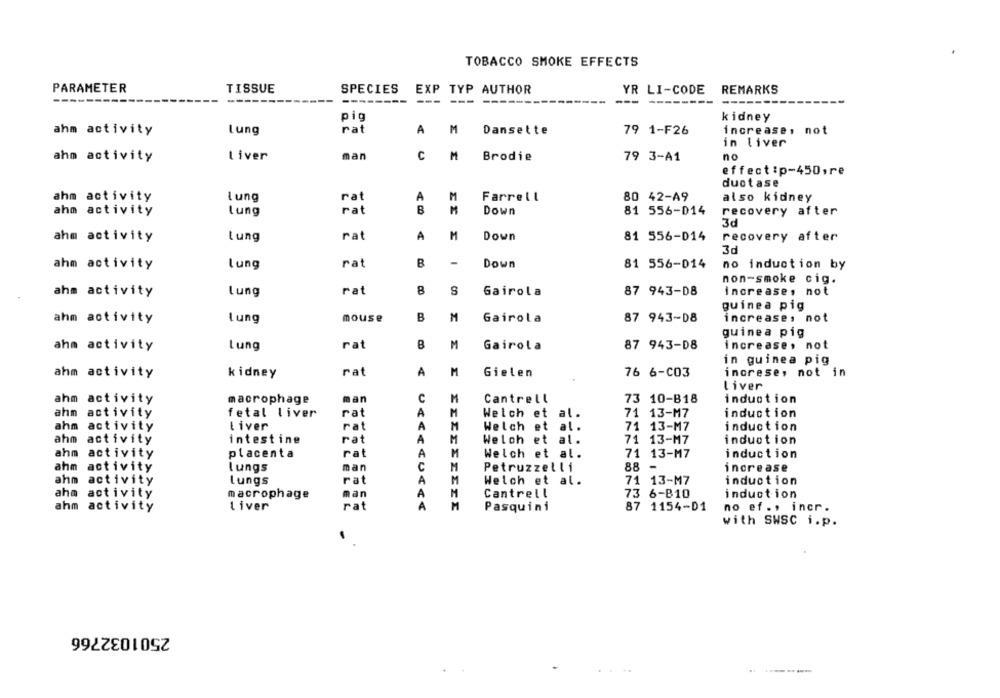
TOBACCO SMOKE EFFECTS
PARAMETER
TISSUE
SPECIES EXP TYP AUTHOR
YR LI-CODE
REMARKS
----
--
---
pig
kidney
ahm activity
Lung
rat
A
M
Dansette
79 1-F26
increase, not
in liver
ahm activity
Liver
man
C
M
Brodie
79 3-A1
no
effect :p-450,re
ductase
Farrell
ahm activity
Lung
rat
A
M
80 42-A9
also kidney
rat
B
M
Down
ahm activity
lung
81 556-014
recovery after
3d
ahm activity
tung
rat
A
M
Down
81 556-014
recovery after
3d
ahm activity
lung
rat
B
-
Down
81 556-014
no induction by
non-smoke cig.
ahm activity
Lung
rat
8
S
Gairola
87 943-D8
increase, not
guinea pig
ahm activity
Lung
mouse
B
M
Gairola
87 943-08
increases not
guinea pig
ahm activity
Lung
rat
B
M
Gairola
87 943-08
increase, not
in guinea pig
ahm activity
kidney
rat
A
M
Gielen
76 6-C03
increse, not in
liver
man
C
ahm activity
macrophage
M
Cantrell
73 10-B18
induction
rat
A
ahm activity
fetal liver
M
Welch et al.
71 13-M7
induction
rat
A
ahm activity
Liver
M
Welch et al.
71 13-M7
induction
ahm
activity
intestine
rat
A
M
Welch et al.
71 13-M7
induction
ahm activity
placenta
rat
A
M
Welch et al.
71 13-M7
induction
ahm activity
lungs
man
C
M
Petruzzelli
88
increase
ahm activity
Lungs
rat
A
M
Welch et al.
71 13-M7
induction
ahm activity
macrophage
man
A
M
Cantrell
73 6-B10
induction
ahm activity
Liver
rat
A
M
Pasquini
87 1154-D1
no ef ., incr.
with SWSC i.p.
2501032766